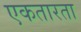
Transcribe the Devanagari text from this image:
एकतारता